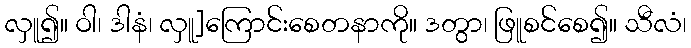
လှူ၍။ ဝါ၊ ဒါနံ၊ လှူ]ကြောင်းစေတနာကို။ ဒတွာ၊ ဖြူစင်စေ၍။ သီလံ၊